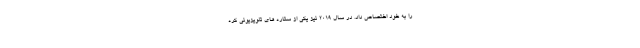
را به خود اختصاص داد. در سال 2019 نیز یکی از ستاره های تلویزیونی کره